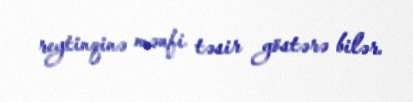
reytinqinə mənfi təsir göstərə bilər.